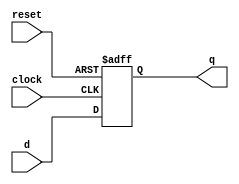
 
//EECT/CE 6325 VLSI Design -Fall 2022
//PROJECT - 1: Verilog/VHD

//Members: Sai Shantan Nagelli (sxn210083), Sanjay Sankarasubramanian (sxs220137), Surya Ramesh Kumar (sxr220066)

//5 Bit Non Overlapping Sequence Detector (10101 & 10001)

//D Flip Flop Module 

module dff (
  input clock,		// Clock input to drive the flip flop
  input reset,		// Reset input to reset flip flop state
  input d,              // Data input to flip flop
  output reg q          // Output of flip flop - Register Q
  );

  always @ (posedge clock or posedge reset)		//Flip flop works on either postive edge of clock or reset inputs
  begin
    if(reset)		//When Reset pin set to 1, output of flipflop 'q' is reset to 0
      q <= 0;
    else 
      q <= d;		//On positve edge of clock, output of flipflop 'q' is set to Data input 'd'
  end
endmodule 

// Module to detect 5 bit sequence 10101

module seq_det_10101 (
  input clock,		// Clock input to drive the flip flop
  input reset,		// Reset input to reset the flip flop state
  input data,		// Data input to flip flop
  output detected_10101		//Output - O when sequence is not detected, 1 when sequence is detected
  );
  
  wire [2:0] D1;		//3-bit wire for flipflop data inputs
  wire [2:0] Q1;		//3-bit wire for flipflop output

//Boolean Expressions from reducing State Table using K-Map

  assign D1[0] = (~Q1[0] & Q1[1] & Q1[2] & ~data);		//Input to flipflop A

  assign D1[1] = (~Q1[0] & Q1[1] & ~Q1[2] & data) | (~Q1[0] & ~Q1[1] & Q1[2] & ~data);		//Input to flipflop B

  assign D1[2] = (~Q1[0] & data);		//Input to flipflop C

  assign detected_10101 = ~Q1[1] & data & Q1[0] & ~Q1[2];	//Sequence detection output for 10101

//Passing input and output parameters to the flipflops (A, B and C)
  
  dff DA (clock, reset, D1[0], Q1[0]); 
  dff DB (clock, reset, D1[1], Q1[1]);
  dff DC (clock, reset, D1[2], Q1[2]);

endmodule

// Module to detect 5 bit sequence 10001

module seq_det_10001 (
  input clock,		// Clock input to drive the flip flop
  input reset,		// Reset input to reset the flip flop state
  input data,		// Data input to flip flop
  output detected_10001		//Output - O when sequence is not detected, 1 when sequence is detected	
  );
  
  wire [2:0] D2;	//3-bit wire for flipflop data inputs
  wire [2:0] Q2;	//3-bit wire for flipflop output

//Boolean Expressions from reducing State Table using K-Map 

  assign D2[0] = (~Q2[0] & Q2[1] & Q2[2] & ~data);		//Input to flipflop D

  assign D2[1] = (~Q2[0] & Q2[1] & ~Q2[2] & ~data) | (~Q2[0] & ~Q2[1] & Q2[2] & ~data);		//Input to flipflop E

  assign D2[2] = (~Q2[0] & data) + (~Q2[0] & Q2[1] & ~Q2[2]);		//Input to flipflop F

  assign detected_10001 = ~Q2[1] & data & Q2[0] & ~Q2[2];		//Sequence detection output for 10001	

//Passing input and output parameters to the flipflops (D, E and F)

  dff DD (clock, reset, D2[0], Q2[0]); 
  dff DE (clock, reset, D2[1], Q2[1]);
  dff DF (clock, reset, D2[2], Q2[2]);

endmodule